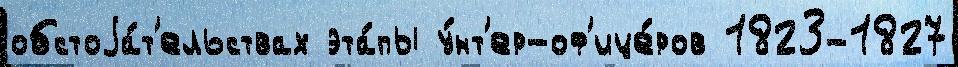
обстоjа́т'ельствах эта́пы у́нт'ер-оф'ице́ров 1823-1827